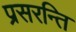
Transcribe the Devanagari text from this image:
प्रसरन्ति